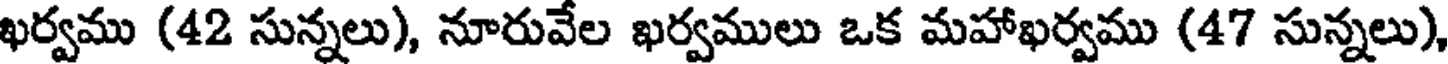
ఖర్వము (42 సున్నలు), నూరువేల ఖర్వములు ఒక మహాఖర్వము (47 సున్నలు),